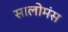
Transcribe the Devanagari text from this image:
सालोमंस